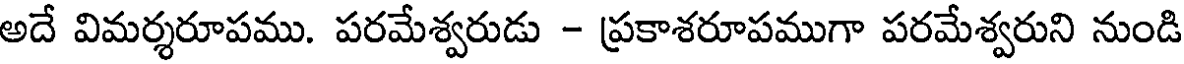
అదే విమర్శరూపము. పరమేశ్వరుడు - ప్రకాశరూపముగా పరమేశ్వరుని నుండి